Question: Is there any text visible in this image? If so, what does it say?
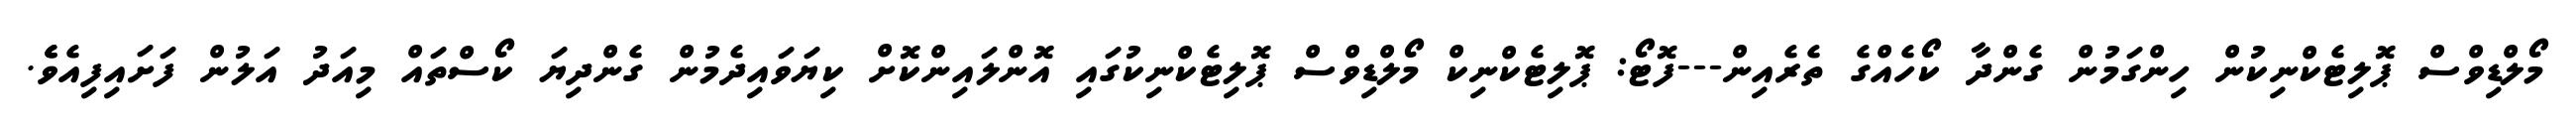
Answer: މޯލްޑިވްސް ޕޮލިޓެކްނިކުން ހިންގަމުން ގެންދާ ކޯހެއްގެ ތެރެއިން---ފޮޓޯ: ޕޮލިޓެކްނިކް މޯލްޑިވްސް ޕޮލިޓެކްނިކުގައި އޮންލައިންކޮށް ކިޔަވައިދެމުން ގެންދިޔަ ކޯސްތައް މިއަދު އަލުން ފަށައިފިއެވެެ.